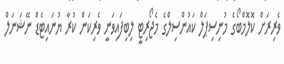
ވެރިރަށް ކޮލޮމްބޯގެ މުނިސިޕަލް ކައުންސިލްގެ މެޖޯރިޓީ ލިބިފައިވަނީ ވެރިކަން ކުރާ ޔުނައިޓެޑް ނޭޝަނަލް